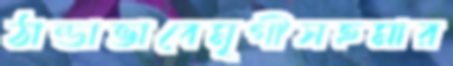
ঠান্ডাভাবেমৃগীসহমার